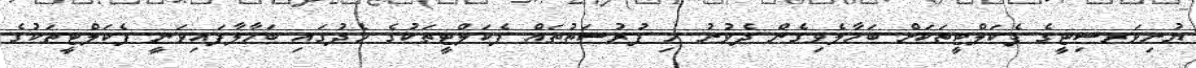
ޔުނިވަރސިޓީގެ ފެކަލްޓީތަކަށް ބަހާލެވިގެން ދެވުނު މި ފުރުސަތުތައް ފެކަލްޓީތަކުގެ މެދުގައި ބަހާލާފައިވަނީ ފެކަލްޓީތަކުގެ